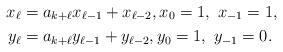
LaTeX: \begin{align*}x_{\ell} &= a_{k+\ell} x_{\ell-1} + x_{\ell-2}, x_0 =1, \ x_{-1} = 1, \\y_{\ell} &= a_{k+\ell} y_{\ell-1} + y_{\ell-2}, y_0 =1, \ y_{-1} = 0. \end{align*}